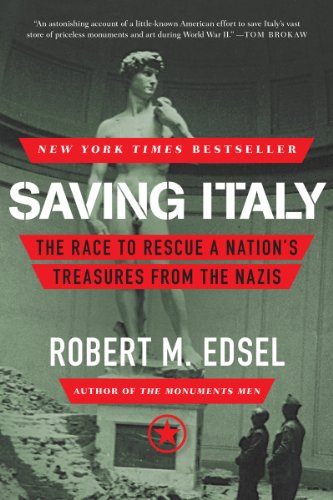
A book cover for Saving Italy: The Race to Rescue a Nation's Treasures from the Nazis; Robert M. Edsel; Arts & Photography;